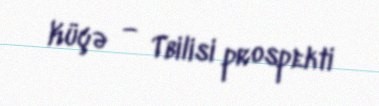
Küçə — Tbilisi prospekti